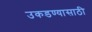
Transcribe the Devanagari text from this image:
उकडण्यासाठी